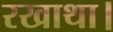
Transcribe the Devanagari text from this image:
रखाथा।